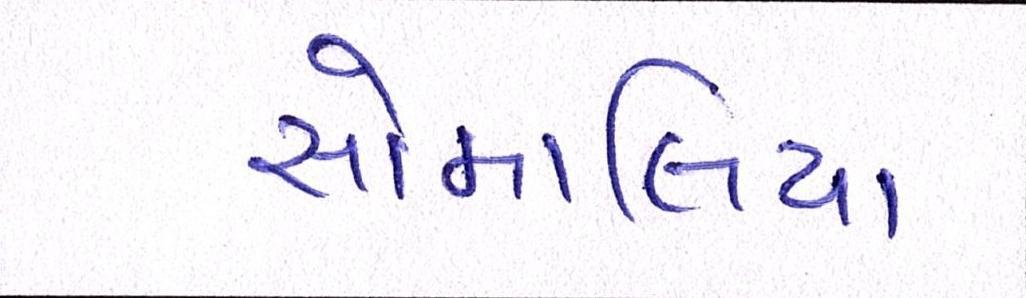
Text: સોમાલિયા